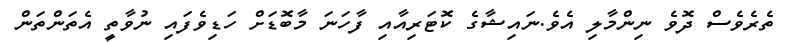
ތެރެވެސް ދޮވެ ނިންމާލި އެވެ.ނައިޝާގެ ކޮޓަރިއާއި ފާހަނަ މާބޮޑަށް ހަޑިވެފައި ނުވާތީ އެތަންތަން